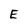
Character: E